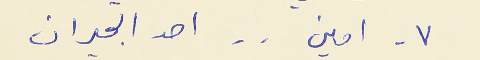
٧ - امين . . احد الجيران